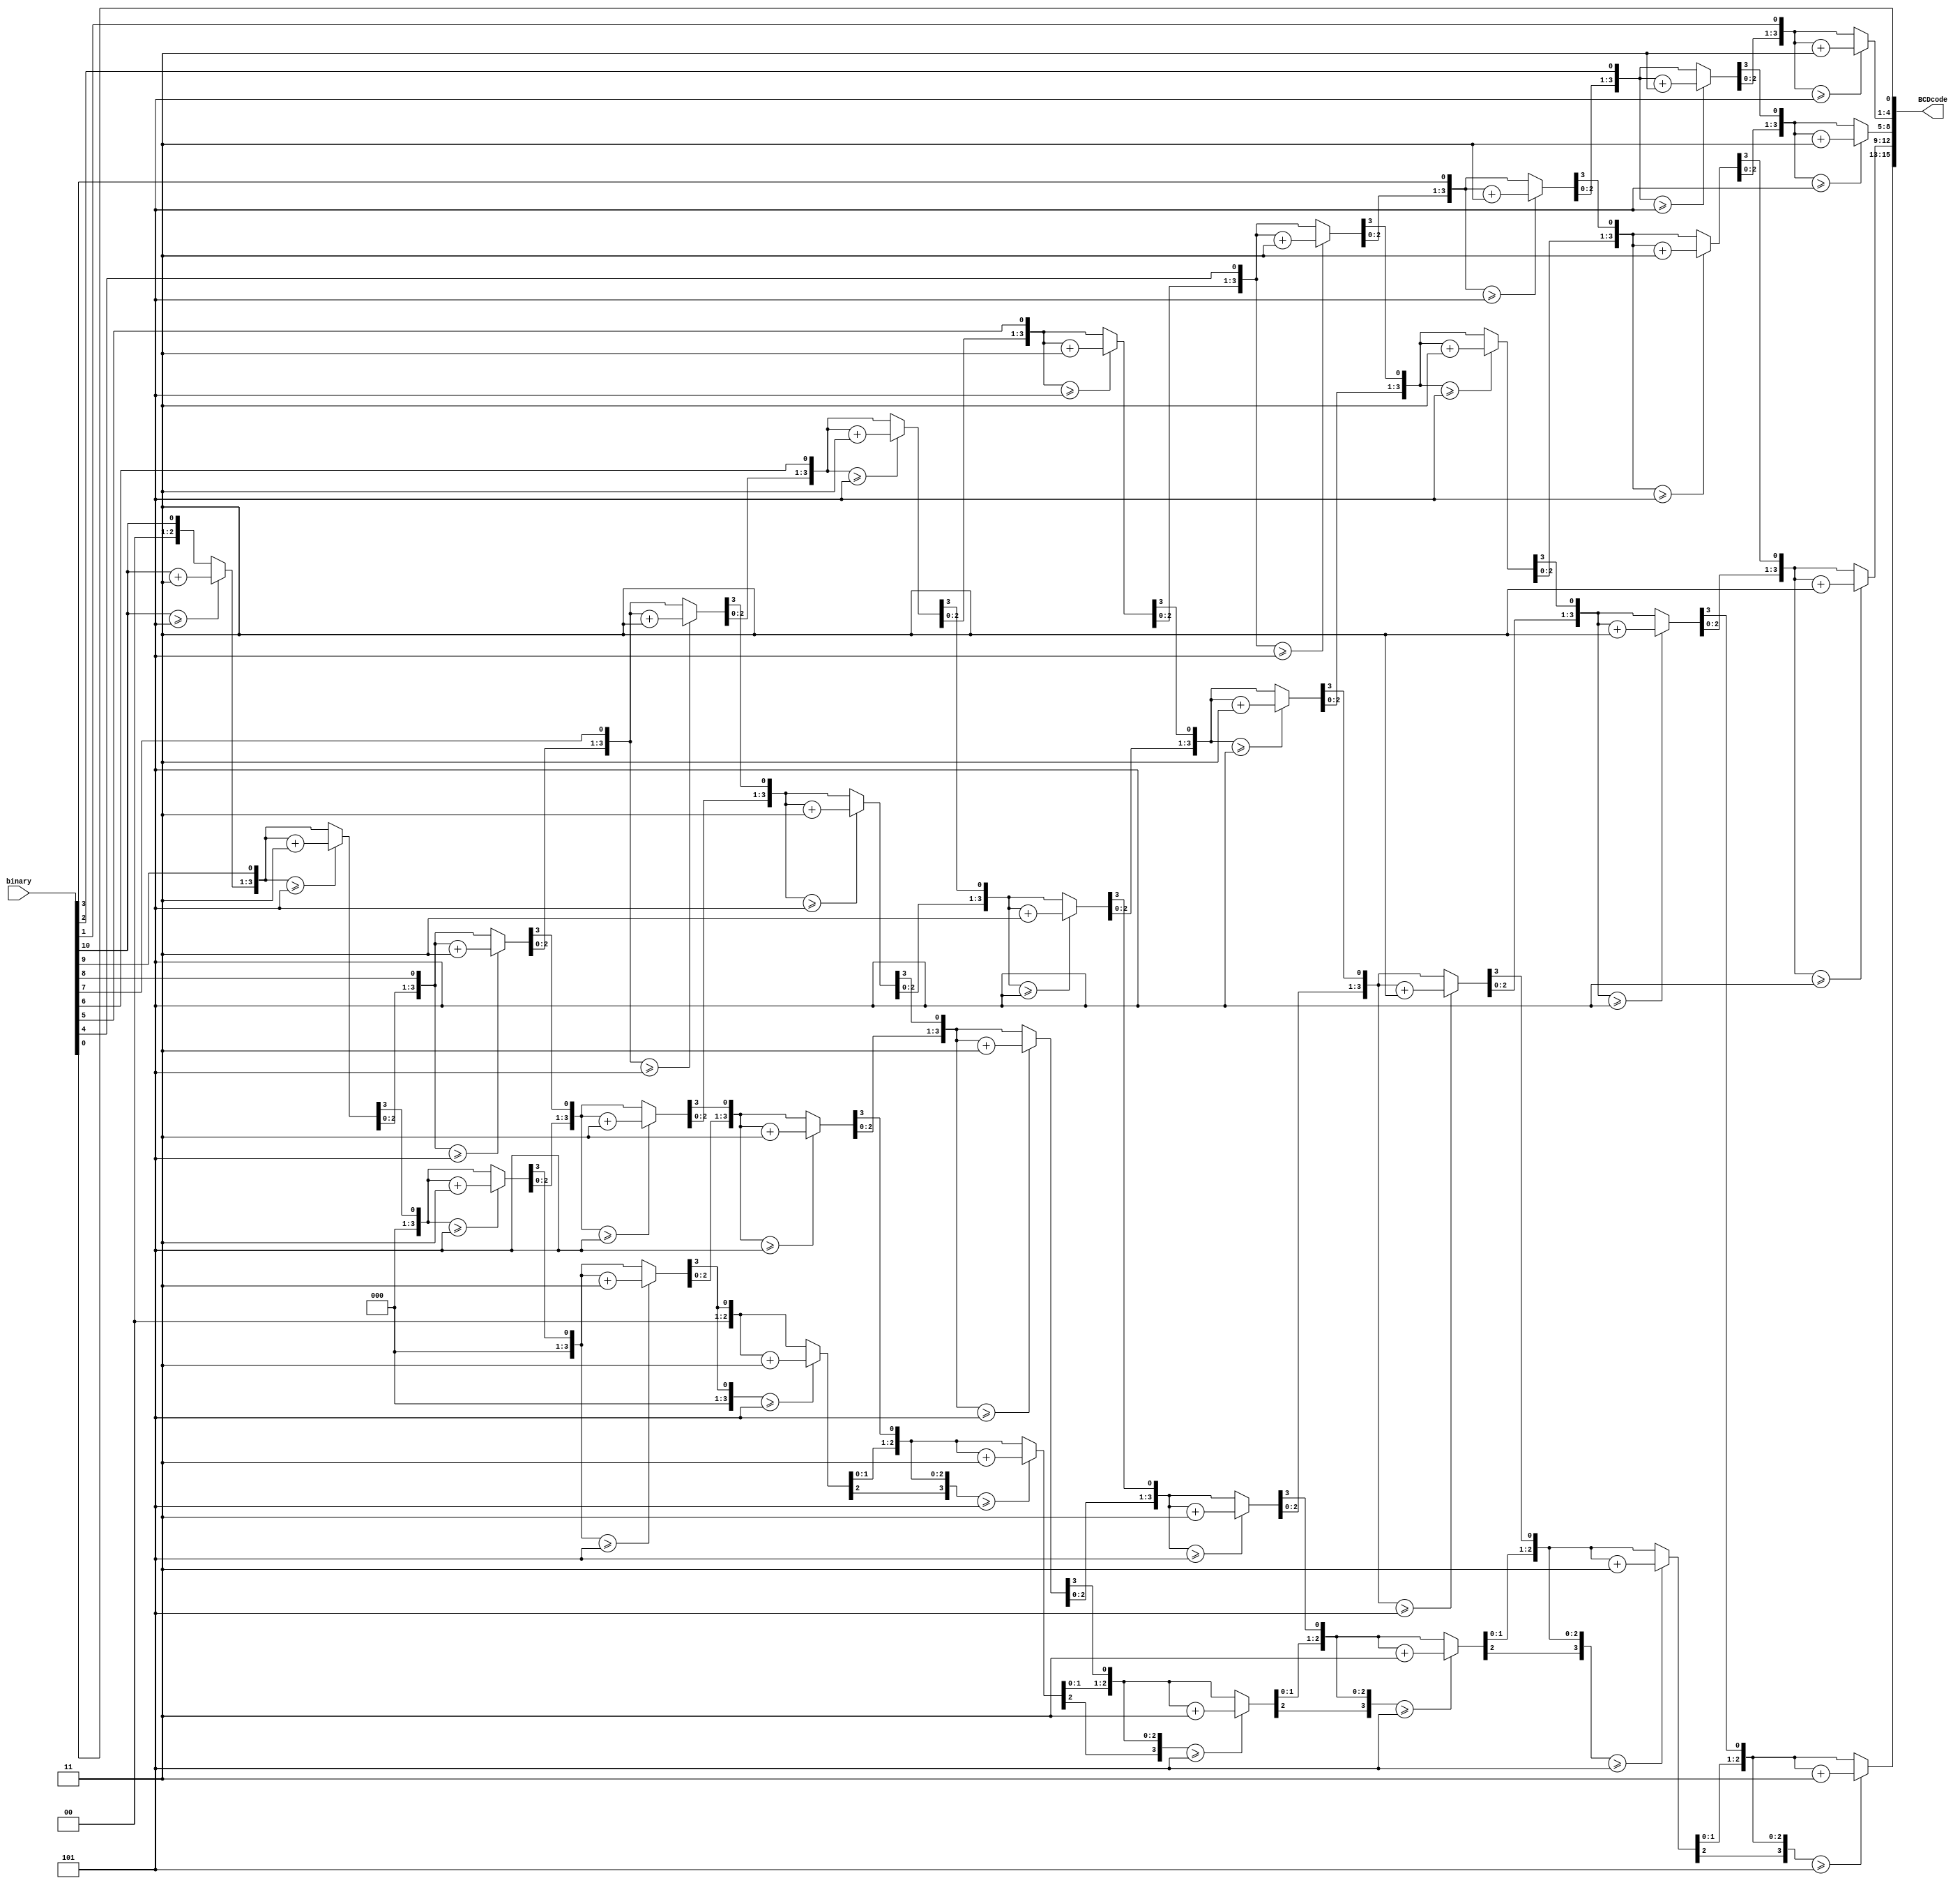
`timescale 1ns / 1ps
module BCD (input [15:0] binary, output reg [15:0] BCDcode);
	
	reg [3:0] Thousands;
	reg [3:0] Hundreds;
	reg [3:0] Tens;
	reg [3:0] Ones;
		
	integer i;
	
	always @ (binary)
	begin

		Thousands = 4'd0;
		Hundreds = 4'd0;
		Tens = 4'd0;
		Ones = 4'd0;
	
		for (i=10; i>=0; i = i-1)
		begin
			if (Thousands >= 5)
				Thousands = Thousands +3;
			if (Hundreds >= 5)
				Hundreds = Hundreds + 3;
			if (Tens >= 5)
				Tens = Tens + 3;
			if (Ones >= 5)
				Ones = Ones + 3;
			Thousands = Thousands << 1;
			Thousands[0] = Hundreds[3];
			Hundreds = Hundreds << 1;
			Hundreds[0] = Tens[3];
			Tens = Tens << 1;
			Tens[0] = Ones[3];
			Ones = Ones << 1;
			Ones[0] = binary[i];
		end
		BCDcode = {Thousands, Hundreds, Tens, Ones};
	end
endmodule